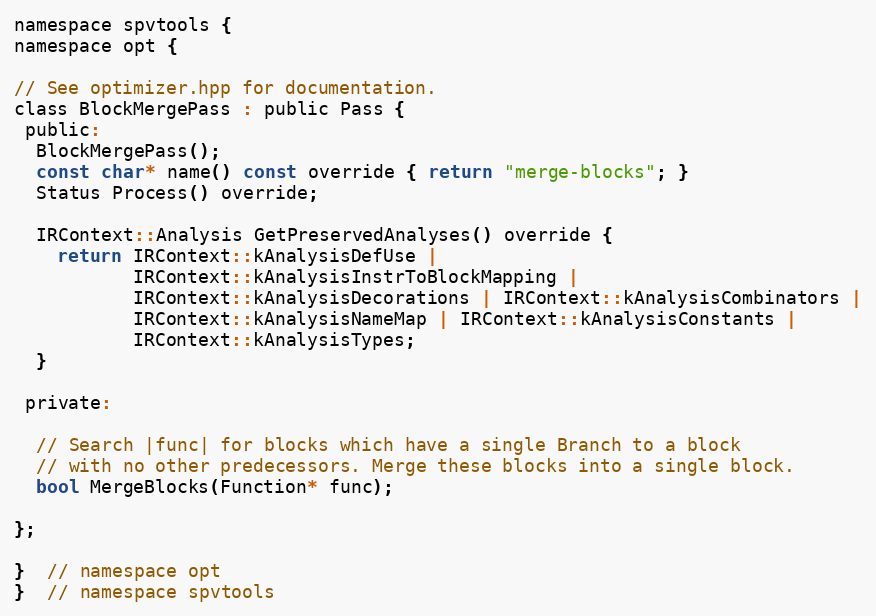
Language: C
namespace spvtools {
namespace opt {

// See optimizer.hpp for documentation.
class BlockMergePass : public Pass {
 public:
  BlockMergePass();
  const char* name() const override { return "merge-blocks"; }
  Status Process() override;

  IRContext::Analysis GetPreservedAnalyses() override {
    return IRContext::kAnalysisDefUse |
           IRContext::kAnalysisInstrToBlockMapping |
           IRContext::kAnalysisDecorations | IRContext::kAnalysisCombinators |
           IRContext::kAnalysisNameMap | IRContext::kAnalysisConstants |
           IRContext::kAnalysisTypes;
  }

 private:

  // Search |func| for blocks which have a single Branch to a block
  // with no other predecessors. Merge these blocks into a single block.
  bool MergeBlocks(Function* func);

};

}  // namespace opt
}  // namespace spvtools